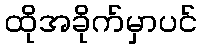
ထိုအခိုက်မှာပင်